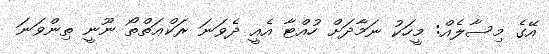
އޭގެ މިސާލެއް: މީހަކު ނަމާދަށް ހުއްޓާ އެއީ ދެވަނަ ރަކްޢަތްތޯ ނޫނީ ތިންވަނަ